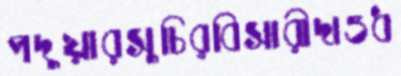
পদুয়ারসুচিরবিসারীদাওধ